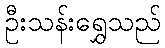
ဦးသန်းရွှေသည်